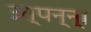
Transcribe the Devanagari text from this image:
उत्‍पन्‍न्‍ा